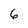
Character: 6